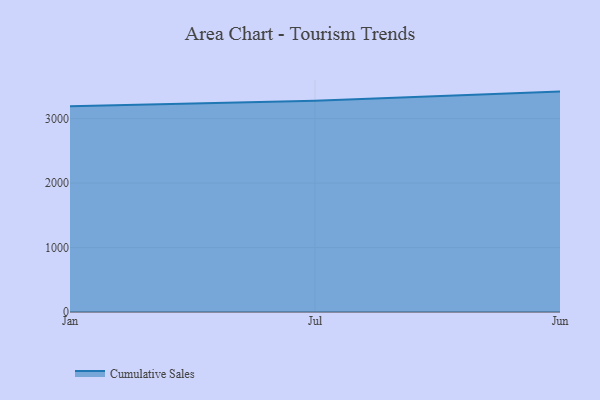
{"axis": {"x": "Month", "y": "LTV (USD)"}, "legend": ["Cumulative Sales"], "data": [{"x": "Jan", "y": 3192.9, "type": "Cumulative Sales"}, {"x": "Jul", "y": 3276.3, "type": "Cumulative Sales"}, {"x": "Jun", "y": 3418.6, "type": "Cumulative Sales"}]}